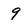
Character: 9